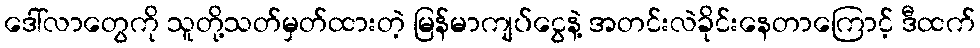
ဒေါ်လာတွေကို သူတို့သတ်မှတ်ထားတဲ့ မြန်မာကျပ်ငွေနဲ့ အတင်းလဲခိုင်းနေတာကြောင့် ဒီထက်